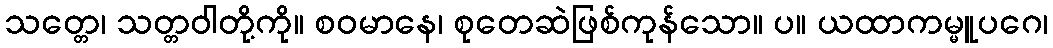
သတ္တေ၊ သတ္တဝါတို့ကို။ စဝမာနေ၊ စုတေဆဲဖြစ်ကုန်သော။ ပ။ ယထာကမ္မူပဂေ၊